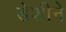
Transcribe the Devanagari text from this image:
डेशीने